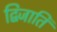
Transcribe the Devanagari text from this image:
द्विजाति